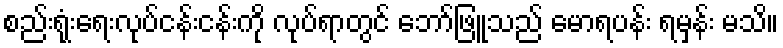
စည်းရုံးရေးလုပ်ငန်းငန်းကို လုပ်ရာတွင် ဘော်ဖြူသည် မောရပန်း ရမှန်း မသိ။